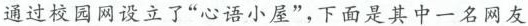
通过校园网设立了”心语小屋”，下面是其中一名网友